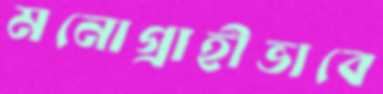
মনোগ্রাহীভাবে